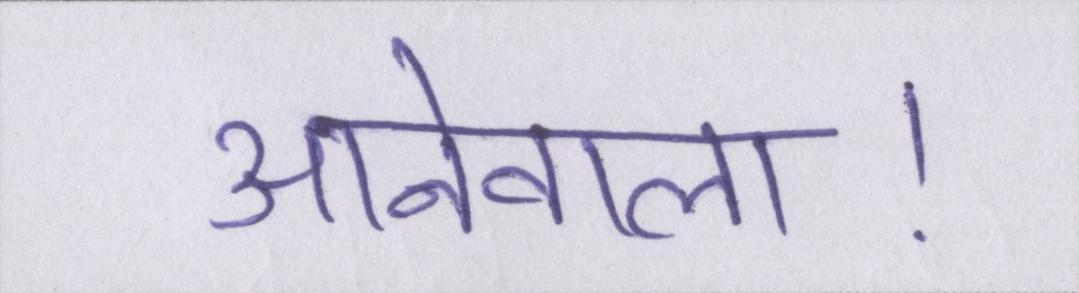
आनेवाला।